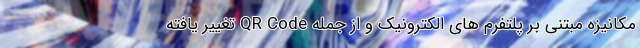
مکانیزه مبتنی بر پلتفرم های الکترونیک و از جمله QR Code تغییر یافته